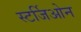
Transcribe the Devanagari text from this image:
स्टर्जिओन